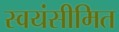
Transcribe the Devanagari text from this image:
स्वयंसीमित